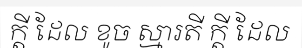
ក្តី ដែល ខូច ស្មារតី ក្តី ដែល